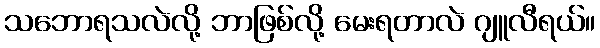
သဘောရသလဲလို့ ဘာဖြစ်လို့ မေးရတာလဲ ဂျူလီရယ်။